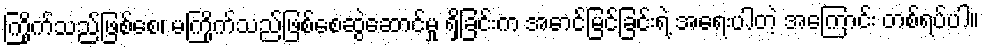
ကြိုက်သည်ဖြစ်စေ၊ မကြိုက်သည်ဖြစ်စေဆွဲဆောင်မှု ရှိခြင်းက အောင်မြင်ခြင်းရဲ့ အရေးပါတဲ့ အကြောင်း တစ်ရပ်ပါ။